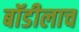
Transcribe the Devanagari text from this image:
बॉडीलाच